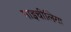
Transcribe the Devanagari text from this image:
माइचीलिया